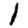
Digit: 1